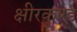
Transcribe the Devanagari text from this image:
क्षीरकुण्ड